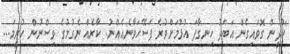
"ކުދީން ގޮވައިގެން އަބަދު ހިނގާފަ އުޅުމަށްވުރެ ފަސޭހަވާނެއެއްނު. ކާރެއް ނެގުމުގެ ވިސްނުން ހުރީމަ...